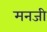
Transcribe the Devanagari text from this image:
मनजी